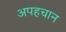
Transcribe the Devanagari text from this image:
अपहचान